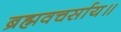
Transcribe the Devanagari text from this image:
ब्रह्मवचर्साय॥